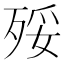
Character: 㱣